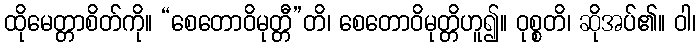
ထိုမေတ္တာစိတ်ကို။ “စေတောဝိမုတ္တီ”တိ၊ စေတောဝိမုတ္တိဟူ၍။ ဝုစ္စတိ၊ ဆိုအပ်၏။ ဝါ၊